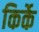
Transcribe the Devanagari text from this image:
किर्के